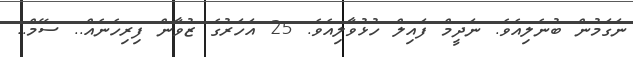
ނަގަމުން ބުނެލިއެވެ. ނަދީމް ފައިލް ހުޅުވާލިއެވެ. 25 އަހަރުގެ ޒުވާން ފިރިހެނެއް.. ސޭމް..